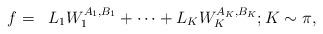
LaTeX: \begin{align*} \begin{aligned} f & =& L_1W_1^{A_1,B_1}+\cdots+ L_KW_K^{A_K, B_K};K \sim\pi,\end{aligned}\end{align*}